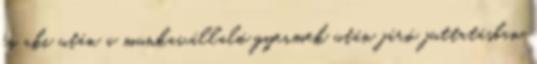
és aki után a munkavállaló gyermek után járó juttatásban